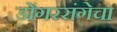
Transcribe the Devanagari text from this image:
डोंगररांगेचा